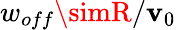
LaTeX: w_{off}\simR/\mathbf{v}_{0}